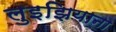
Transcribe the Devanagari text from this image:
लुइझियाना